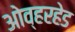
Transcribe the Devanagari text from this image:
ओव्हरहेड